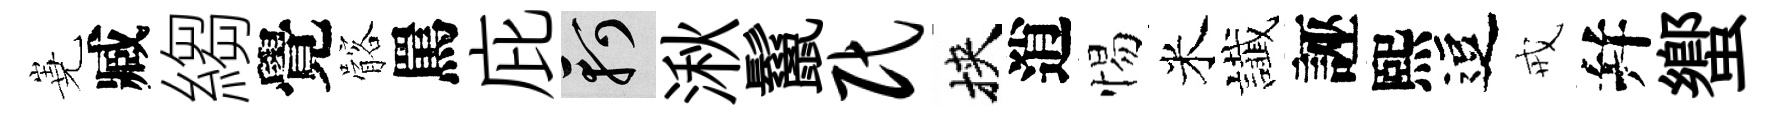
嶤臧縐覺髂罵庇軻湫鬣民挾逍惕米䜟誣熙逗戒幷蠁